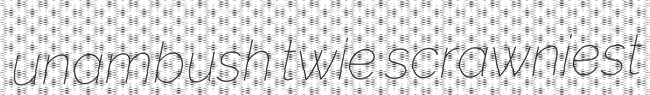
unambush twie scrawniest